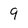
Character: 9